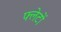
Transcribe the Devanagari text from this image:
फ्लेटों